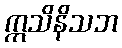
ဣသိနိသဘ